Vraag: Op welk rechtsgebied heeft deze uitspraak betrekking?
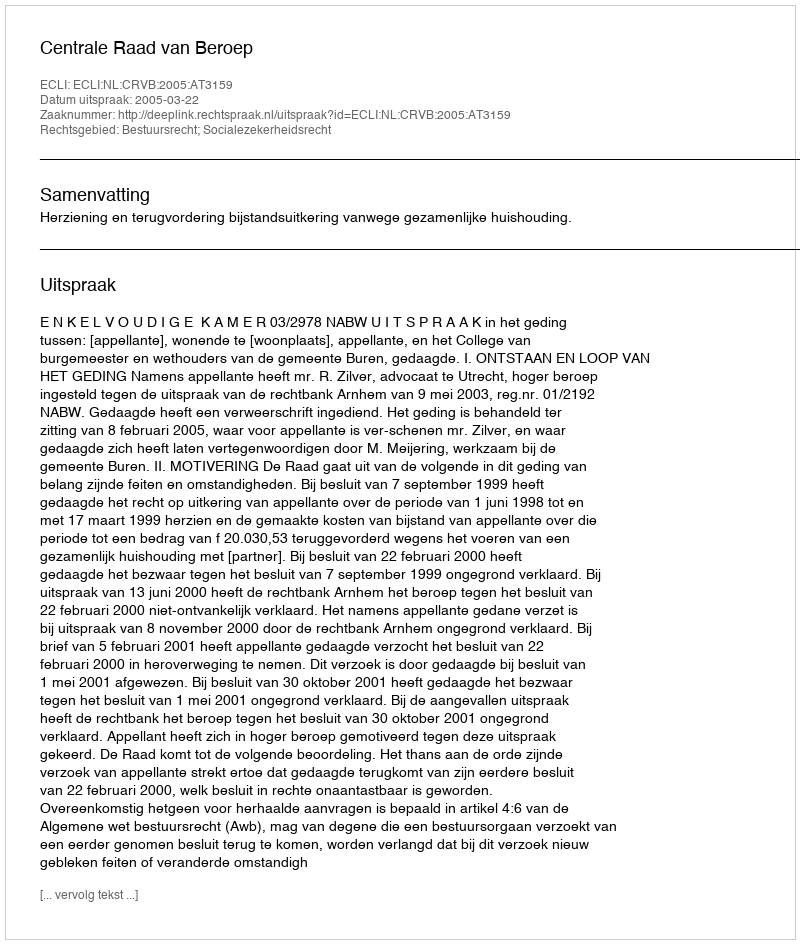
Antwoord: Bestuursrecht; Socialezekerheidsrecht